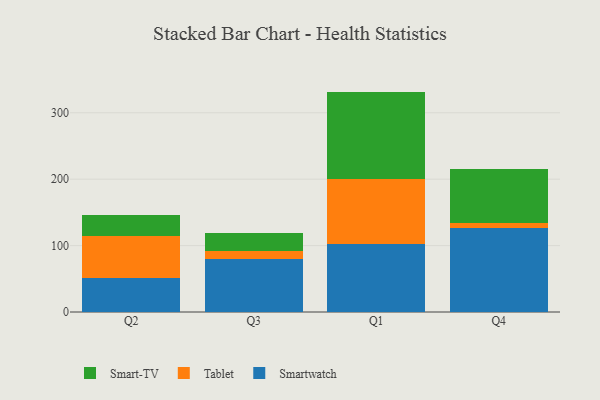
{"axis": {"x": "Quarter", "y": "Latency (ms)"}, "legend": ["Smart-TV", "Smartwatch", "Tablet"], "data": [{"x": "Q2", "y": 51.8, "type": "Smartwatch"}, {"x": "Q2", "y": 62.5, "type": "Tablet"}, {"x": "Q2", "y": 31.1, "type": "Smart-TV"}, {"x": "Q3", "y": 79.8, "type": "Smartwatch"}, {"x": "Q3", "y": 12.0, "type": "Tablet"}, {"x": "Q3", "y": 27.7, "type": "Smart-TV"}, {"x": "Q1", "y": 102.7, "type": "Smartwatch"}, {"x": "Q1", "y": 97.2, "type": "Tablet"}, {"x": "Q1", "y": 132.0, "type": "Smart-TV"}, {"x": "Q4", "y": 127.2, "type": "Smartwatch"}, {"x": "Q4", "y": 6.3, "type": "Tablet"}, {"x": "Q4", "y": 82.3, "type": "Smart-TV"}]}